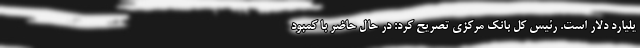
یلیارد دلار است. رئیس کل بانک مرکزی تصریح کرد: در حال حاضر با کمبود